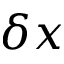
\delta x